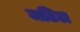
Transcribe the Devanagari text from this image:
जटिल